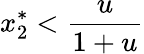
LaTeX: x_{2}^{*}<\frac{u}{1+u}